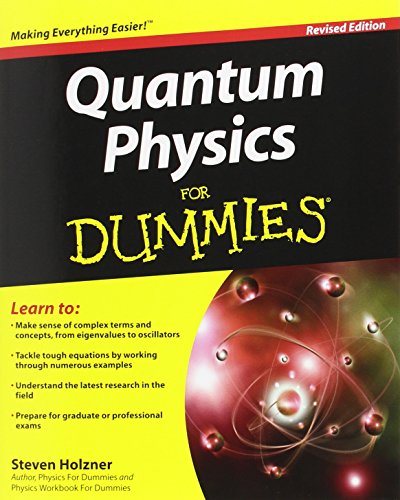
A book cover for Quantum Physics For Dummies; Steven Holzner; Science & Math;